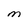
Character: M